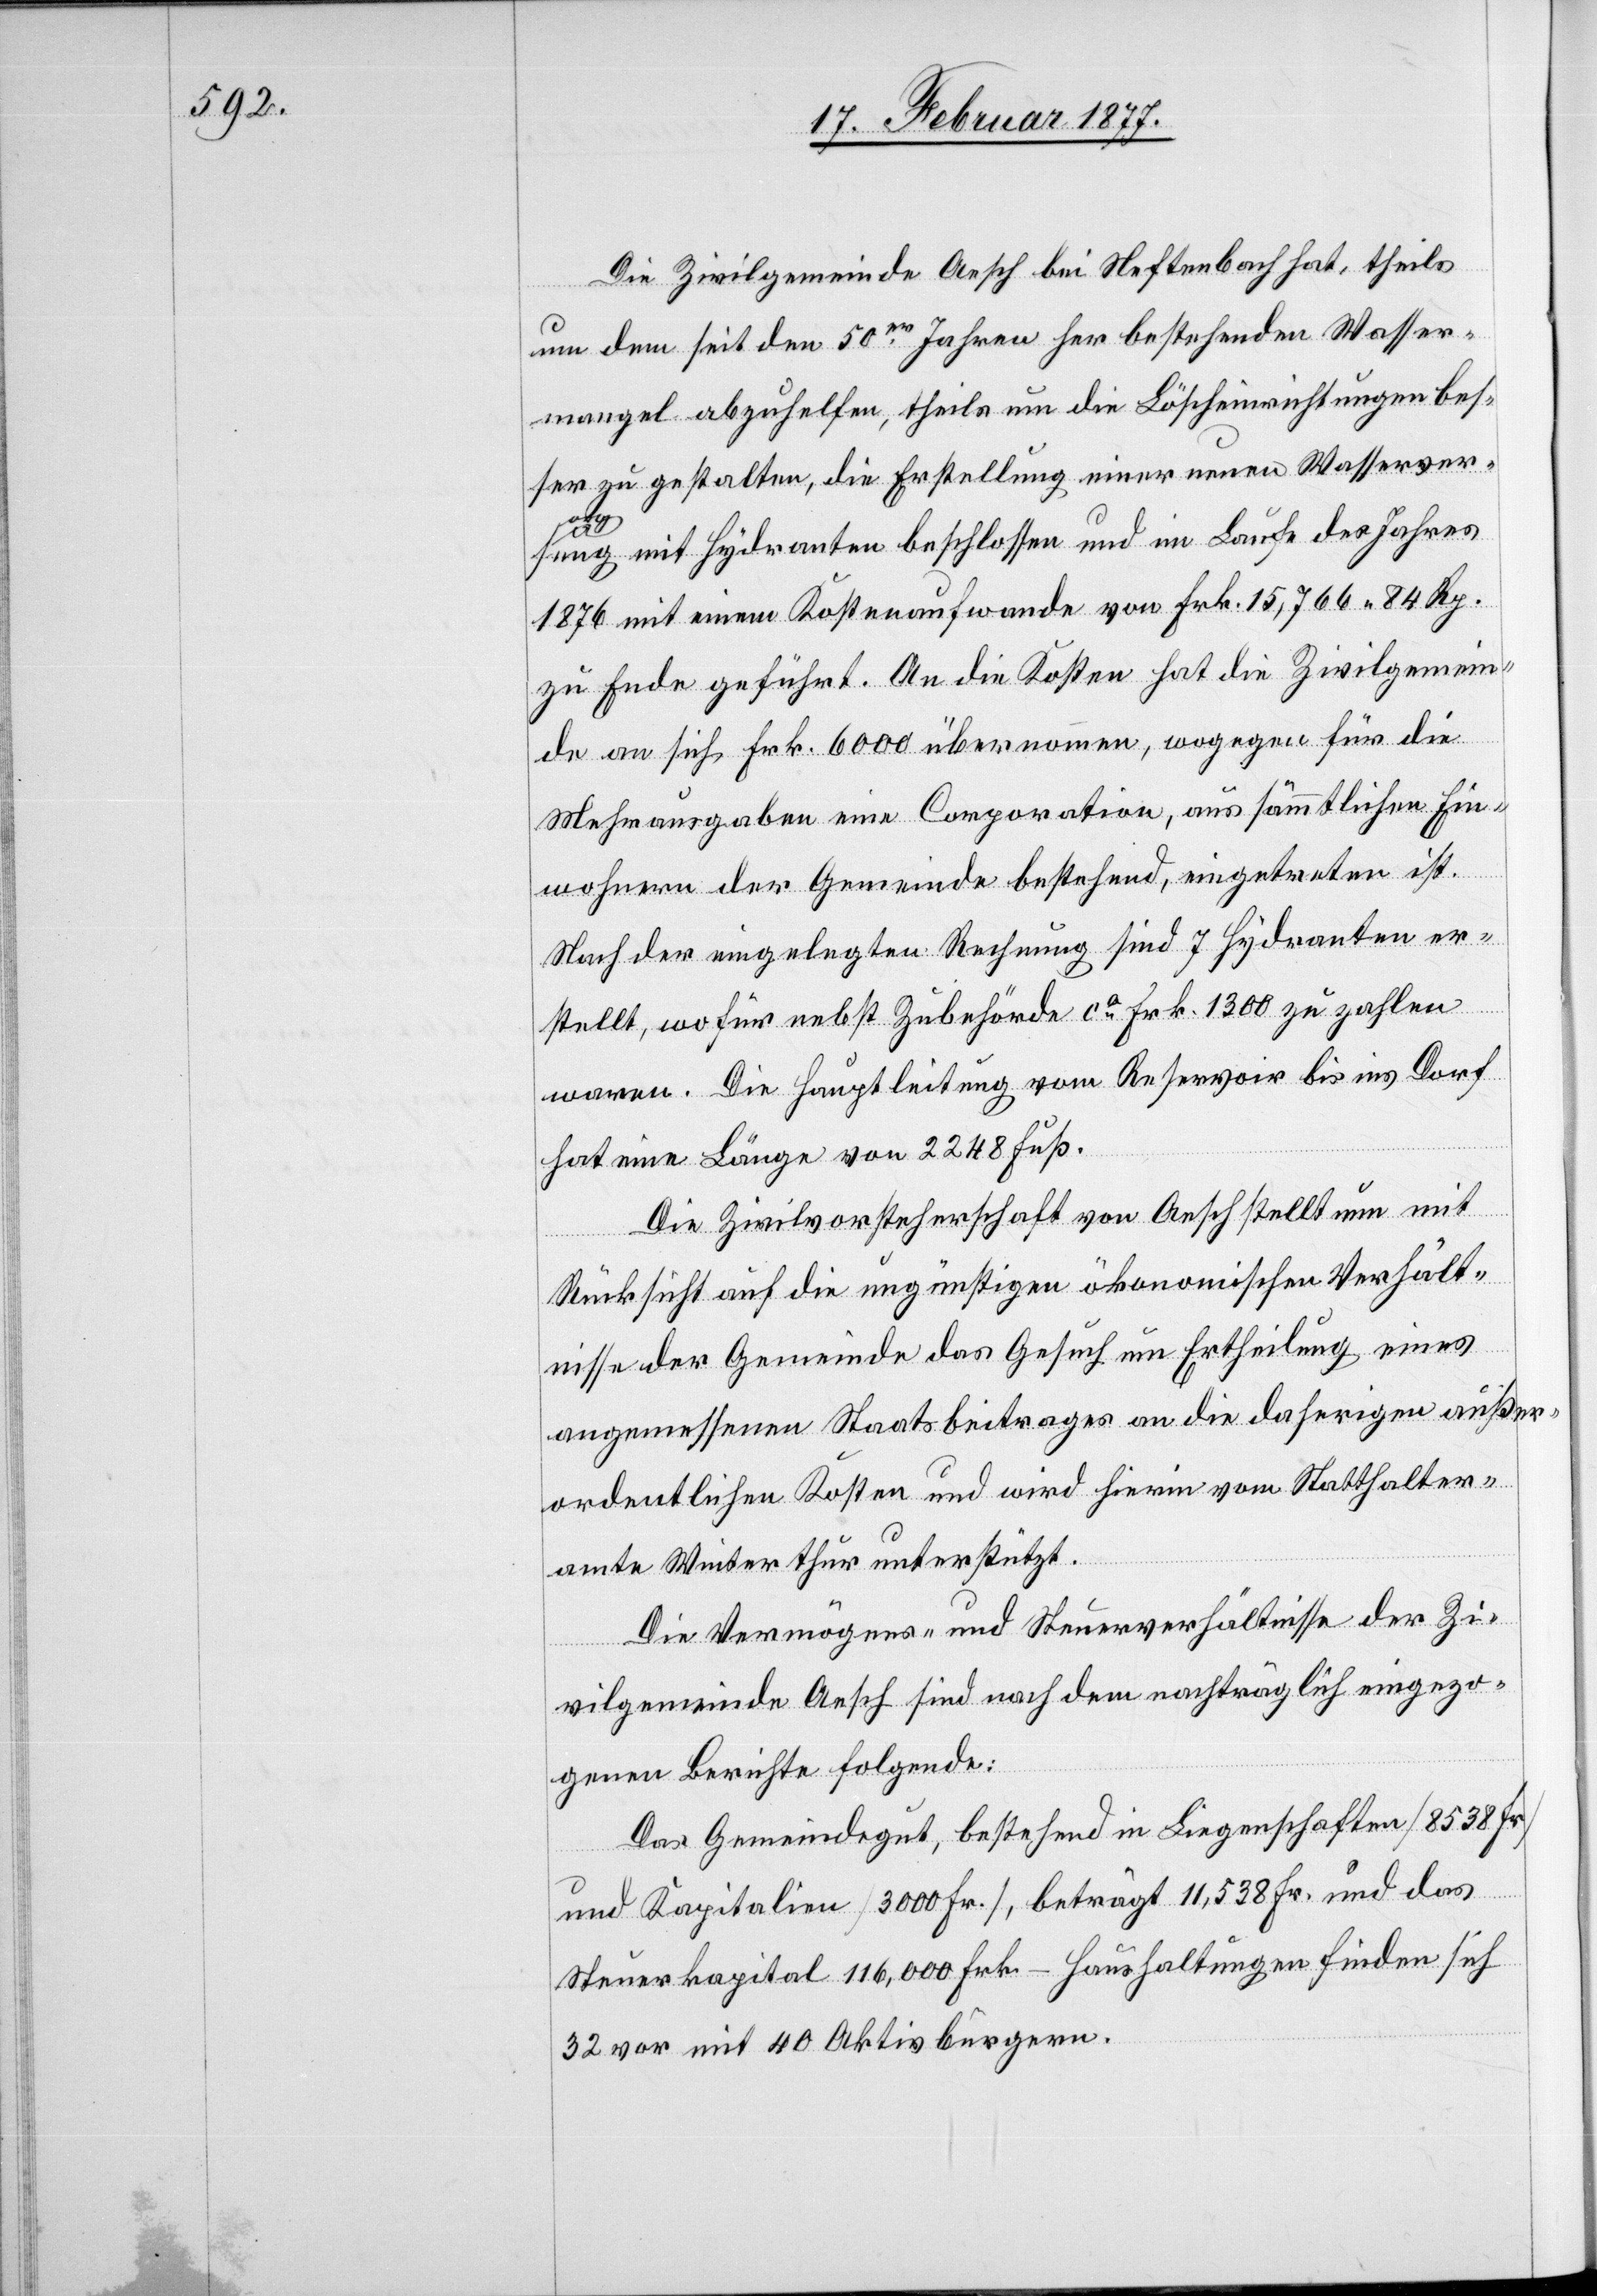
Die Zivilgemeinde Aesch bei Neftenbach hat, theils
um dem seit den 50er Jahren her bestehenden Wasser¬
mangel abzuhelfen, theils um die Löscheinrichtungen bes¬
ser zu gestalten, die Erstellung einer neuen Wasserver¬
sor¬
gung mit Hydranten beschlossen und im Laufe des Jahres
1876 mit einem Kostenaufwande von Frk. 15,766 84 Rp.
zu Ende geführt. An die Kosten hat die Zivilgemein¬
de an sich Frk. 6000 übernommen, wogegen für die
Mehrausgaben eine Corporation, aus sämmtlichen Ein¬
wohnern der Gemeinde bestehend, eingetreten ist.
Nach der eingelegten Rechnung sind 7 Hydranten er¬
stellt, wofür nebst Zubehörde ca Frk. 1300 zu zahlen
waren. Die Hauptleitung vom Reservoir bis ins Dorf
hat eine Länge von 2248 Fuß.
Die Zivilvorsteherschaft von Aesch stellt nun mit
Rücksicht auf die ungünstigen ökonomischen Verhält¬
nisse der Gemeinde das Gesuch um Ertheilung eines
angemessenen Staatsbeitrages an die daherigen außer¬
ordentlichen Kosten und wird hierin vom Statthalter¬
amte Winterthur unterstützt.
Die Vermögens- und Steuerverhältnisse der Zi¬
vilgemeinde Aesch sind nach dem nachträglich eingezo¬
genen Berichte Folgende:
Das Gemeindegut, bestehend in Liegenschaften [8538 Fr.]
und Kapitalien [3000 Fr.], beträgt 11,538 Fr. und das
Steuerkapital 166,000 Frk. – Haushaltungen finden sich
32 vor mit 40 Aktivbürgern.